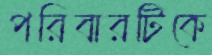
পরিবারটিকে